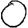
Digit: 0